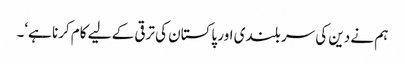
ہم نے دین کی سر بلندی اور پاکستان کی ترقی کے لیے کام کرنا ہے‘۔